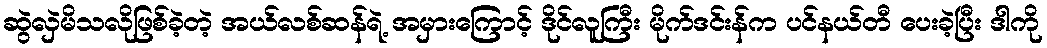
ဆွဲလှဲမိသလိုဖြစ်ခဲ့တဲ့ အယ်လစ်ဆန်ရဲ့ အမှားကြောင့် ဒိုင်လူကြီး မိုက်ဒင်းန်က ပင်နယ်တီ ပေးခဲ့ပြီး ဒါကို